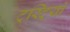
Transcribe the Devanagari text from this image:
ट्रस्ट्रियों